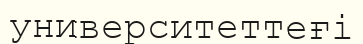
университеттеғі